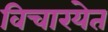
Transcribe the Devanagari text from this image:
विचारयेत